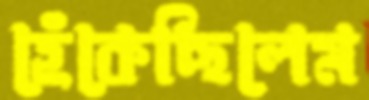
হেঁকেছিলেম